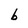
Character: b